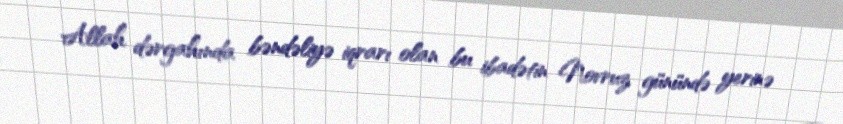
Allah dərgahında bəndəliyə iqrarı olan bu ibadətin Novruz günündə yerinə